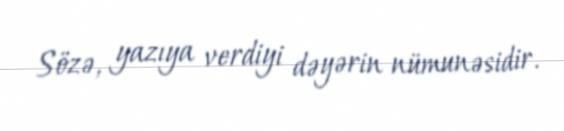
Sözə, yazıya verdiyi dəyərin nümunəsidir.